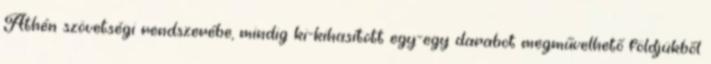
Athén szövetségi rendszerébe, mindig ki-kihasított egy-egy darabot megművelhető földjükből